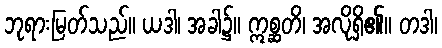
ဘုရားမြတ်သည်။ ယဒါ၊ အခါ၌။ ဣစ္ဆတိ၊ အလိုရှိ၏။ တဒါ၊